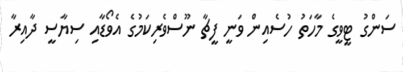
ސަންގު ޓީވީގެ މާހަތު ހުސެއިން ވަނީ ފީޗާ ނޫސްވެރިކަމުގެ އެވޯޑާއި ސިޔާސީ ދާއިރާ